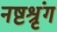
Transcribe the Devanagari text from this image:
नष्टश्रृंग